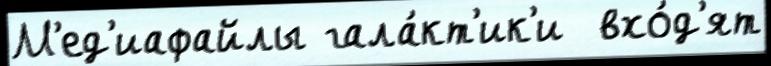
М'ед'иафайлы гала́кт'ик'и  вхо́д'ят